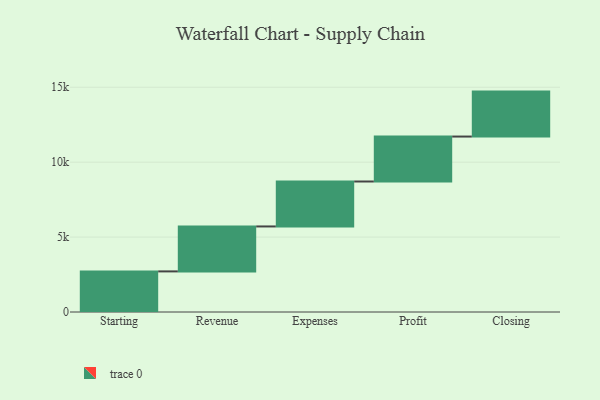
{"axis": {"x": "Step", "y": "Value"}, "legend": [""], "data": [{"x": "Starting", "y": 2710.0, "type": ""}, {"x": "Revenue", "y": 3000, "type": ""}, {"x": "Expenses", "y": 3000, "type": ""}, {"x": "Profit", "y": 3000, "type": ""}, {"x": "Closing", "y": 3000, "type": ""}]}